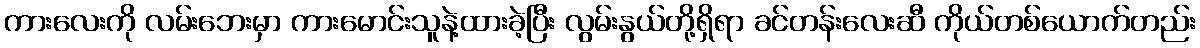
ကားလေးကို လမ်းဘေးမှာ ကားမောင်းသူနဲ့ထားခဲ့ပြီး လွမ်းနွယ်တို့ရှိရာ ခင်တန်းလေးဆီ ကိုယ်တစ်ယောက်တည်း